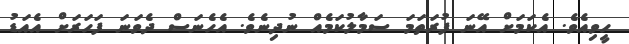
ހީވިއެވެ. އެކަމަށް އޭނަ ފުރަތަމަ ސަމާލުކަމެއް ނުދިނެވެ. އެހެނަސް ދެވަނަ ފަހަރަށް އެއަޑު